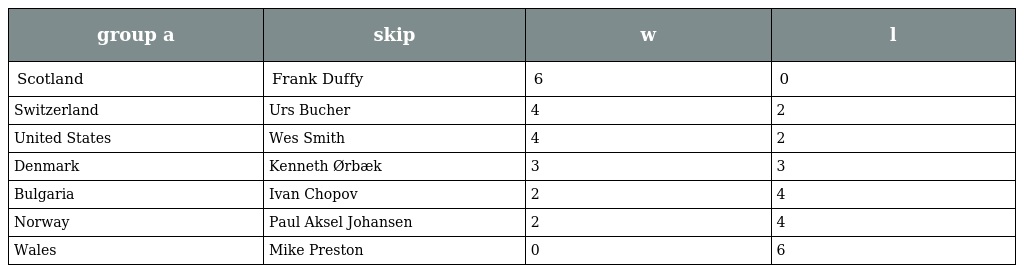
| group a | skip | w | l |
 | --- | --- | --- | --- |
 | Scotland | Frank Duffy | 6 | 0 |
 | Switzerland | Urs Bucher | 4 | 2 |
 | United States | Wes Smith | 4 | 2 |
 | Denmark | Kenneth Ørbæk | 3 | 3 |
 | Bulgaria | Ivan Chopov | 2 | 4 |
 | Norway | Paul Aksel Johansen | 2 | 4 |
 | Wales | Mike Preston | 0 | 6 |